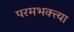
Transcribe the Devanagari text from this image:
परमभक्त्या